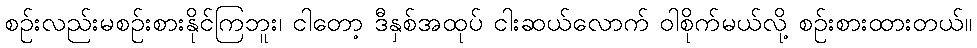
စဉ်းလည်းမစဉ်းစားနိုင်ကြဘူး၊ ငါတော့ ဒီနှစ်အထုပ် ငါးဆယ်လောက် ဝါစိုက်မယ်လို့ စဉ်းစားထားတယ်။